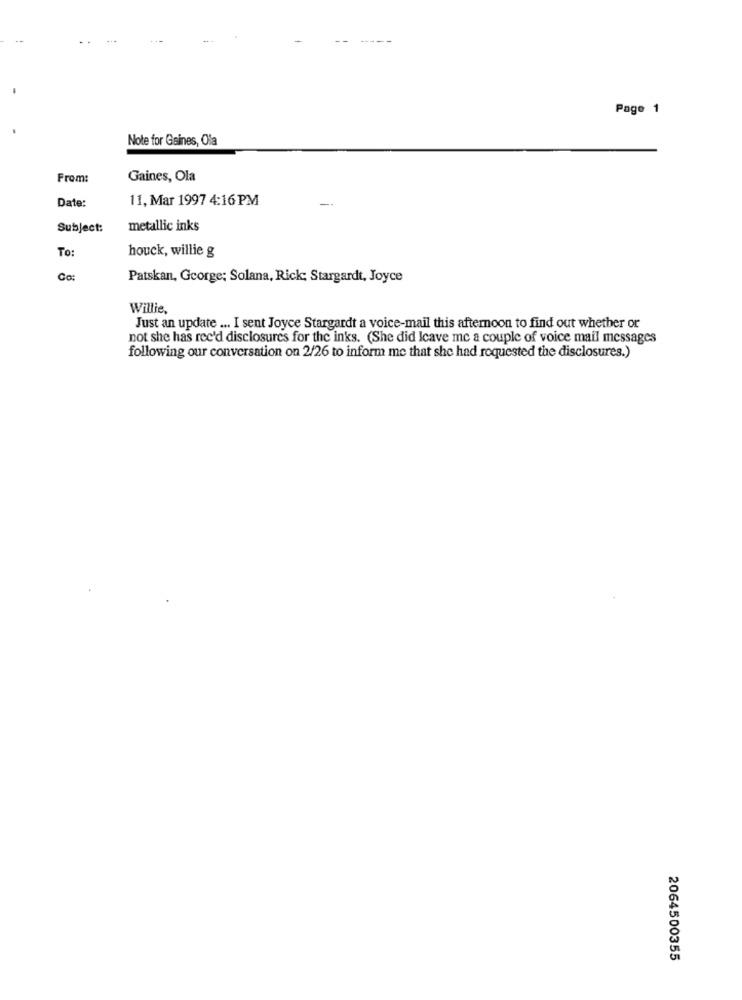
Page 1
Note for Gsines, Ola
From:
Gaines, Ola
11, Mar 1997 4:16 PM
Date:
Subject:
metallic inks
To:
houck, willie g
Co:
Patskan, George; Solana, Rick; Stargardt, Joyce
Willie,
Just an update ... I sent Joyce Stargardt a voice-mail this afternoon to find out whether or
not she has rec'd disclosures for the inks. (She did Icave mc a couple of voice mail messages
following our conversation on 2/26 to inform me that she had requested the disclosures.)
2064500355